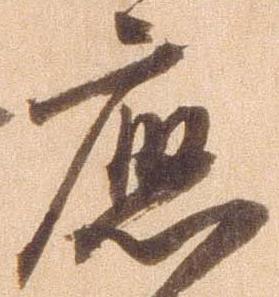
応